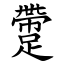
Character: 䠠